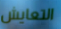
التعايش